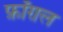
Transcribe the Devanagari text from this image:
फ़ॉग़ल